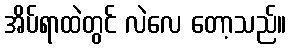
အိပ်ရာထဲတွင် လဲလေ တော့သည်။